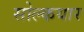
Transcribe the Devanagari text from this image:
सोल्कयार